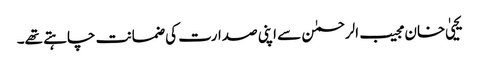
یحییٰ خان مجیب الرحمٰن سے اپنی صدارت کی ضمانت چاہتے تھے۔